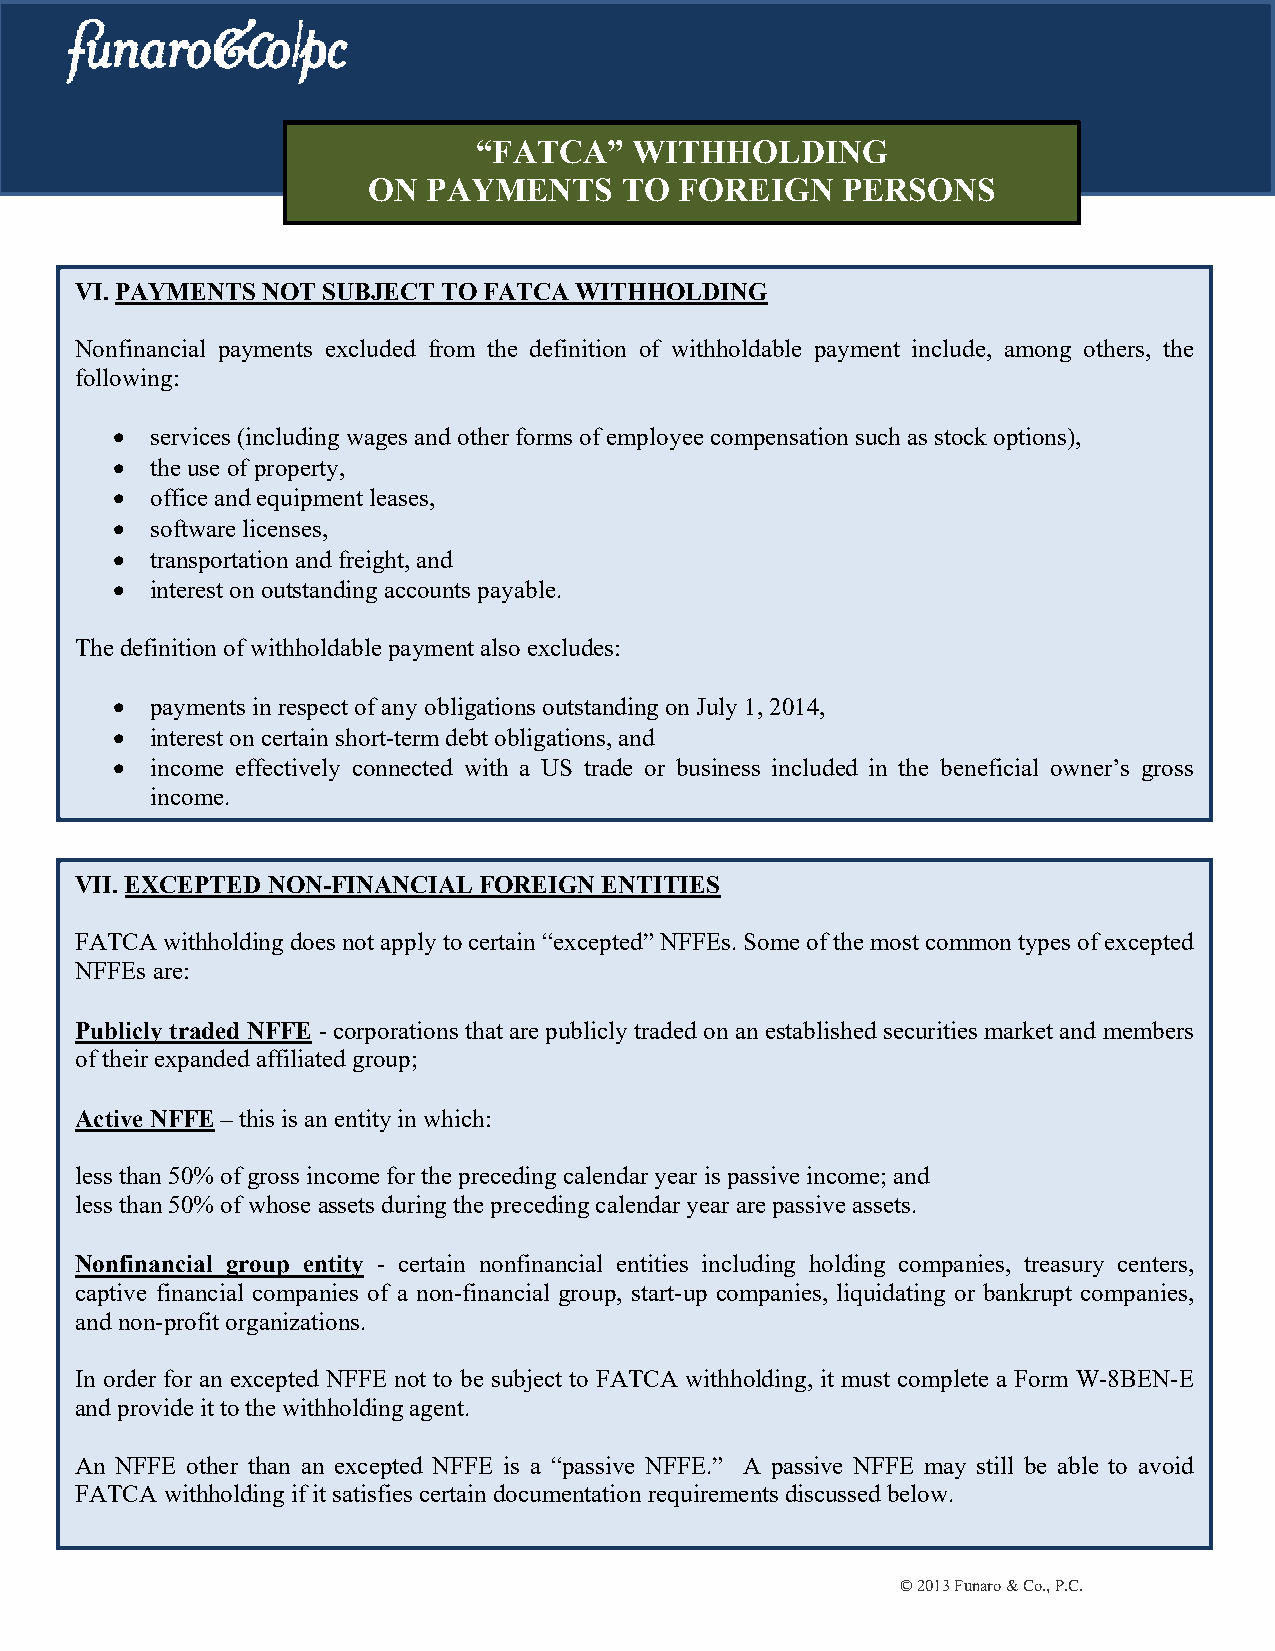
“FATCA”    WITHHOLDING
 ON  PAYMENTS     TO  FOREIGN    PERSONS
 VI. PAYMENTS NOT SUBJECT TO FATCA WITHHOLDING
 Nonfinancial payments excluded from the definition of withholdable payment include, among others, the
 following:
   services (including wages and other forms of employee compensation such as stock options),
   the use of property,
   office and equipment leases,
   software licenses,
   transportation and freight, and
   interest on outstanding accounts payable.
 The definition of withholdable payment also excludes:
   payments in respect of any obligations outstanding on July 1, 2014,
   interest on certain short-term debt obligations, and
   income effectively connected with a US trade or business included in the beneficial owner’s gross
 income.
 VII. EXCEPTED NON-FINANCIAL FOREIGN ENTITIES
 FATCA withholding does not apply to certain “excepted” NFFEs. Some of the most common types of excepted
 NFFEs are:
 Publicly traded NFFE - corporations that are publicly traded on an established securities market and members
 of their expanded affiliated group;
 Active NFFE – this is an entity in which:
 less than 50% of gross income for the preceding calendar year is passive income; and
 less than 50% of whose assets during the preceding calendar year are passive assets.
 Nonfinancial group entity - certain nonfinancial entities including holding companies, treasury centers,
 captive financial companies of a non-financial group, start-up companies, liquidating or bankrupt companies,
 and non-profit organizations.
 In order for an excepted NFFE not to be subject to FATCA withholding, it must complete a Form W-8BEN-E
 and provide it to the withholding agent.
 An NFFE other than an excepted NFFE is a “passive NFFE.” A passive NFFE may still be able to avoid
 FATCA withholding if it satisfies certain documentation requirements discussed below.
 © 2013 Funaro & Co., P.C.